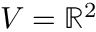
V = \mathbb { R } ^ { 2 }